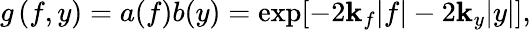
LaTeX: g\left(f,y\right)=a(f)b(y)=\exp[-2\mathbf{k}_{f}|f|-2\mathbf{k}_{y}|y|],